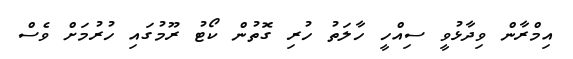
އިމްރާން ވިދާޅުވީ ސިއްހީ ހާލަތު ހުރި ގޮތުން ކޯޓު ރޫމުގައި ހުރުމަށް ވެސް